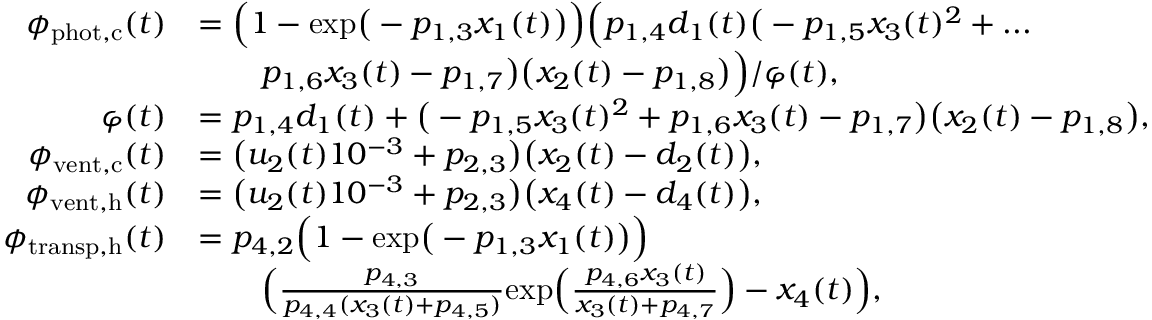
\begin{array} { r l } { \phi _ { \mathrm { p h o t , c } } ( t ) } & { = \Big ( 1 - \mathrm { e x p } \big ( - p _ { 1 , 3 } x _ { 1 } ( t ) \big ) \Big ) \Big ( p _ { 1 , 4 } d _ { 1 } ( t ) \big ( - p _ { 1 , 5 } x _ { 3 } ( t ) ^ { 2 } + . . . } \\ & { \qquad p _ { 1 , 6 } x _ { 3 } ( t ) - p _ { 1 , 7 } \big ) \big ( x _ { 2 } ( t ) - p _ { 1 , 8 } \big ) \Big ) / \varphi ( t ) , } \\ { \varphi ( t ) } & { = p _ { 1 , 4 } d _ { 1 } ( t ) + \big ( - p _ { 1 , 5 } x _ { 3 } ( t ) ^ { 2 } + p _ { 1 , 6 } x _ { 3 } ( t ) - p _ { 1 , 7 } \big ) \big ( x _ { 2 } ( t ) - p _ { 1 , 8 } \big ) , } \\ { \phi _ { \mathrm { v e n t , c } } ( t ) } & { = \big ( u _ { 2 } ( t ) 1 0 ^ { - 3 } + p _ { 2 , 3 } \big ) \big ( x _ { 2 } ( t ) - d _ { 2 } ( t ) \big ) , } \\ { \phi _ { \mathrm { v e n t , h } } ( t ) } & { = \big ( u _ { 2 } ( t ) 1 0 ^ { - 3 } + p _ { 2 , 3 } \big ) \big ( x _ { 4 } ( t ) - d _ { 4 } ( t ) \big ) , } \\ { \phi _ { \mathrm { t r a n s p , h } } ( t ) } & { = p _ { 4 , 2 } \Big ( 1 - \mathrm { e x p } \big ( - p _ { 1 , 3 } x _ { 1 } ( t ) \big ) \Big ) } \\ & { \qquad \Big ( \frac { p _ { 4 , 3 } } { p _ { 4 , 4 } ( x _ { 3 } ( t ) + p _ { 4 , 5 } ) } \mathrm { e x p } \Big ( \frac { p _ { 4 , 6 } x _ { 3 } ( t ) } { x _ { 3 } ( t ) + p _ { 4 , 7 } } \Big ) - x _ { 4 } ( t ) \Big ) , } \end{array}